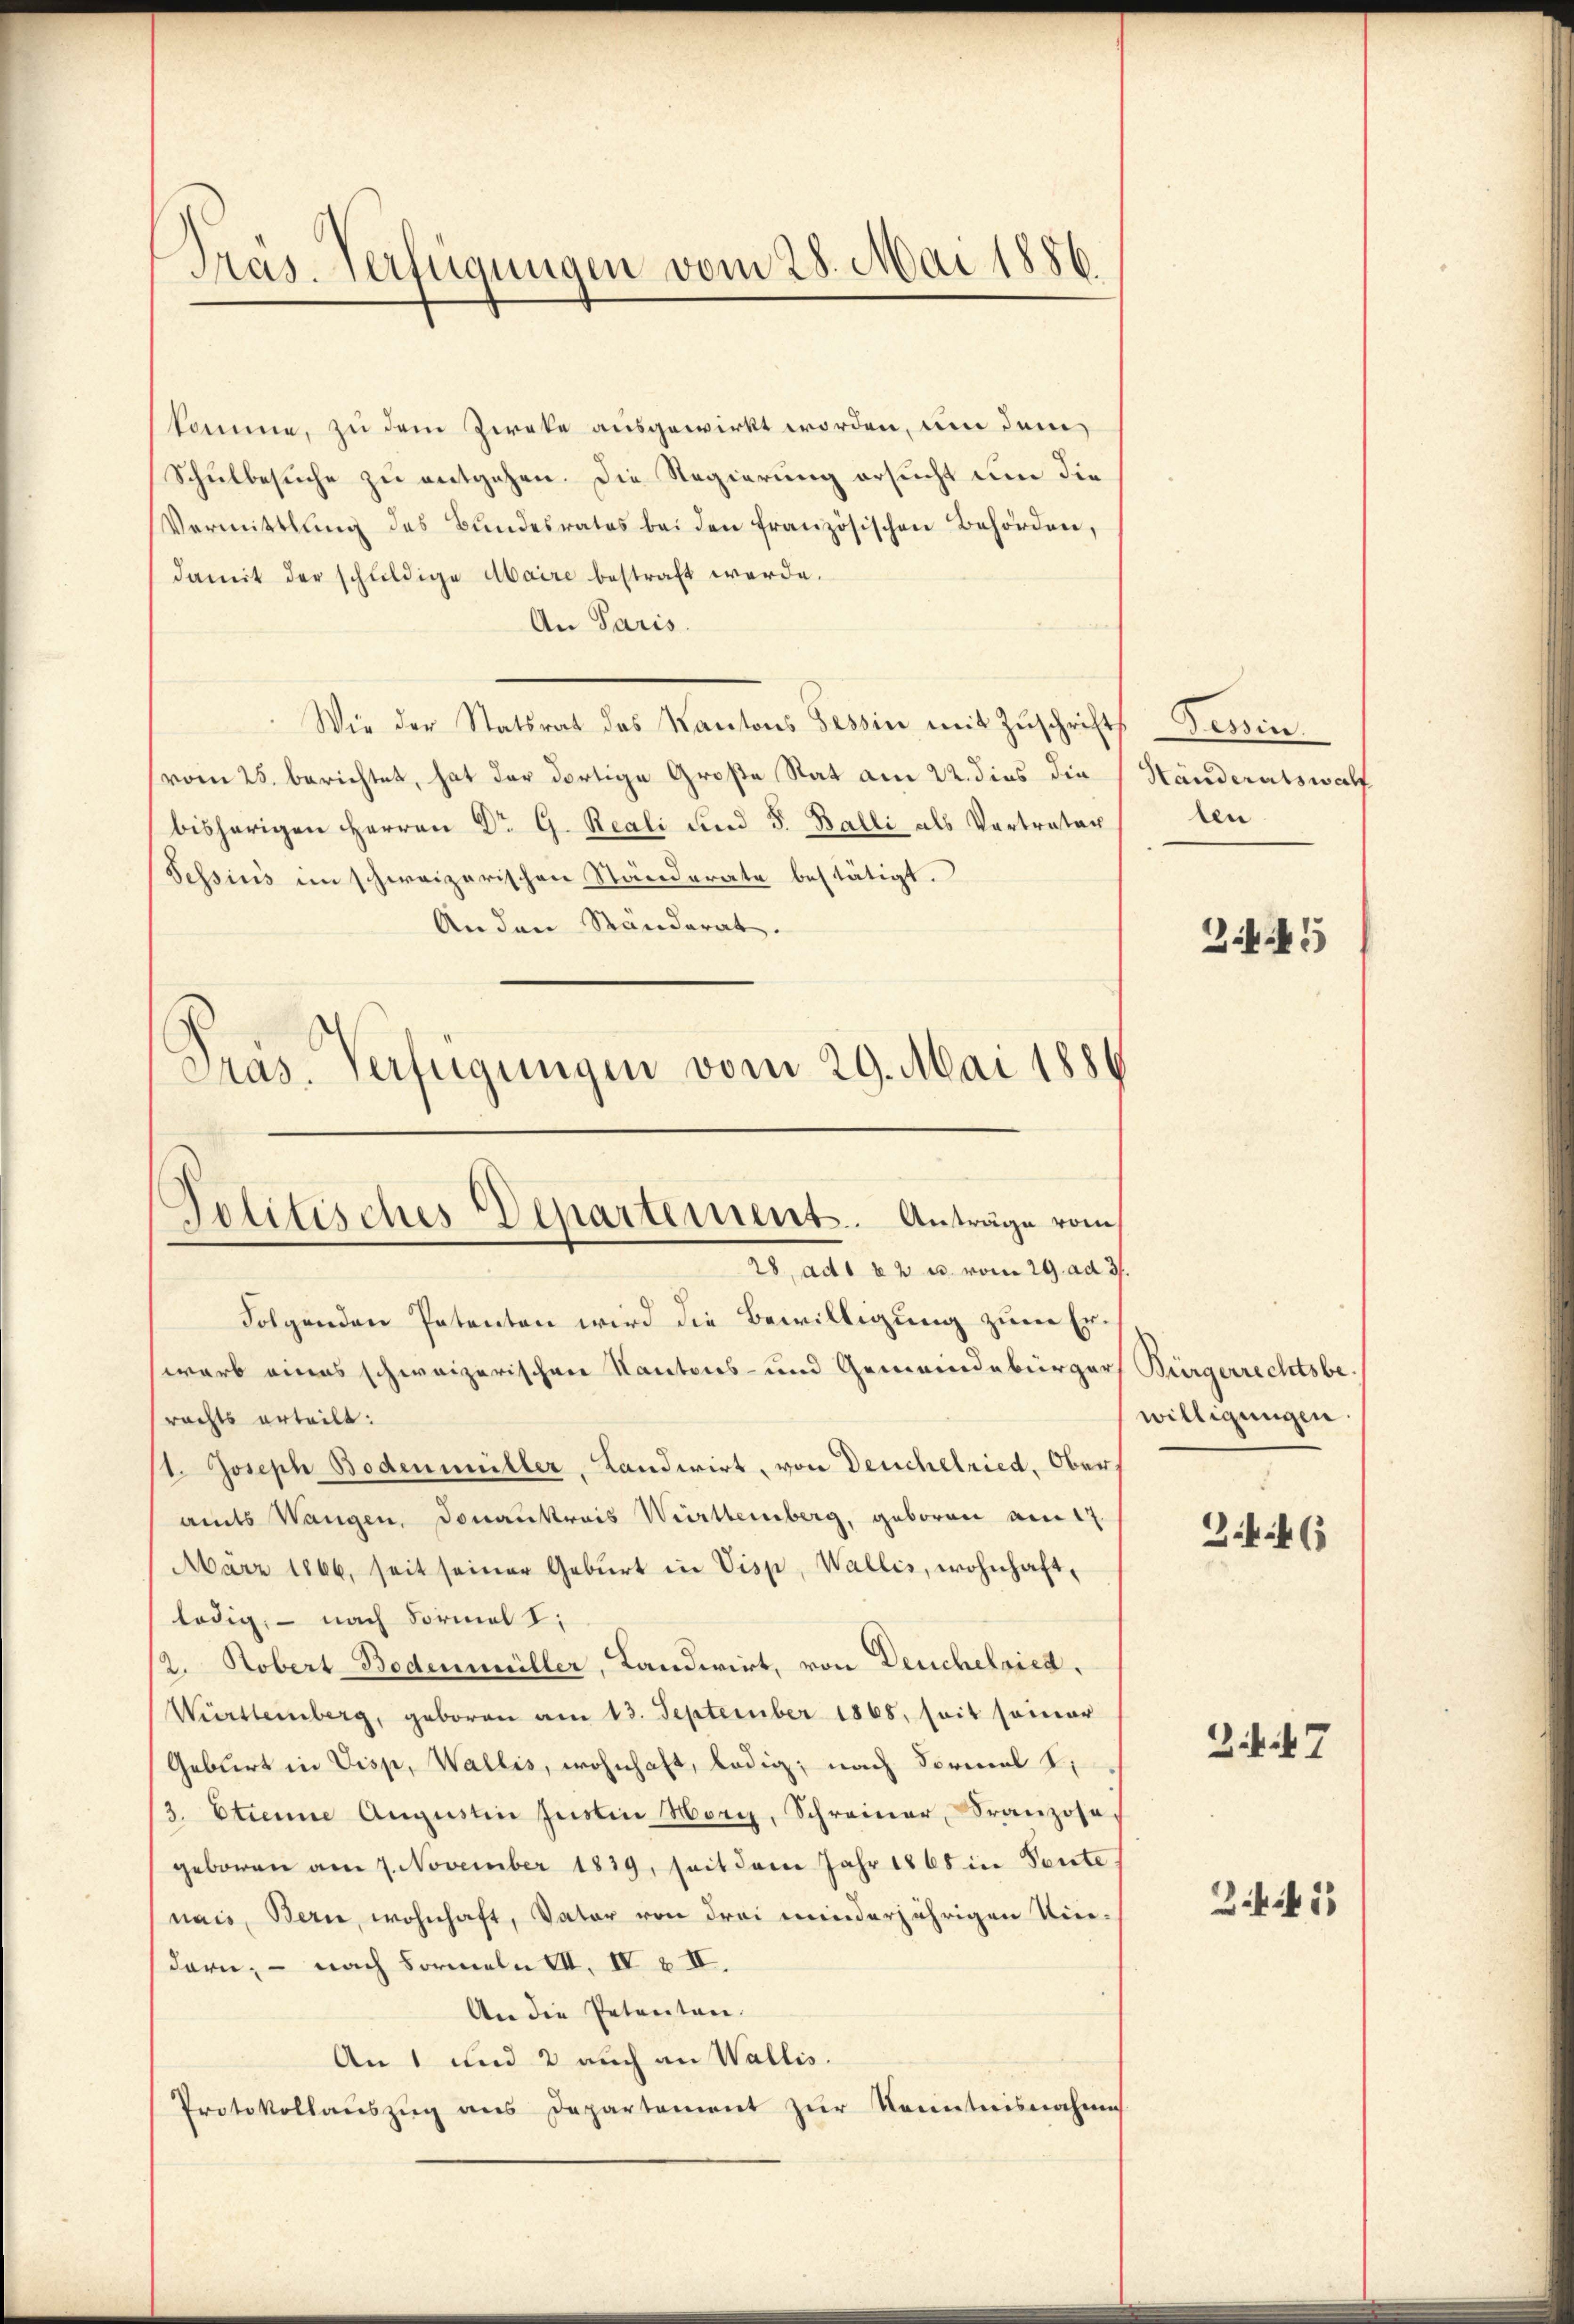
komme, zu dem Zweke ausgewirkt worden, um dem
Schulbesuche zu entgehen. Die Regierung ersucht um die
Vermittlung des Bundesrates bei den französischen Behörden,
damit der schuldige Maire bestraft werde.
An Paris.
Wie der Statsrat des Kantons Tessin mit Zŭschrifts Tessin.
vom 25. berichtet, hat der dortige Große Rat am 22. dies die
bisherigen Herren Dr G. Reali und 5. Balli als Vertrater, ten
Sessins im schweizerischen Ständerate bestätigt.
An den Standerat.
Pras. Verfügungen vom 29. Mai 1886

.
Präs. Verfügungen vom 28. Mai 1886

Politisches Departement. Anträge vom
28, ad 22. es vom 29. ad 3.

Folgenden Petenten wird die Bewilligung zum Erwarb eines schweizerischen Kantons- und Gemeindebürger
rachts erteilt:
1. Joseph Bodenmüller, Landwirt, von Deuchelried, Oberamts Wangen, Donaukrais Württemberg, geboren am 17.
März 1866, seit seiner Geburt in Visp, Wallis, wohnhaft,
lödig, — nach Formel
2. Robert-Bedenmüller, Landwirt, von Deuchelried,
Würsteinberg, geboren am 13. September 1868, seit seiner
Geburt in Visp, Wallis, wohnhaft, ledig, nach Formal
3. Etienne Augustin Justin Morg, Schreiner, Franzose
geboren am 7. November 1839, seit dem Jahr 1868 in Vente
nais, Bern, wohnhaft, Vater von drei minderjährigen eindern, – nach Formeln A. IV b IV.
An die Petenten.
An 1 und 2 auch an Wallis.
Protokollaŭszŭg ans Departement zŭr Kenntnisnahmes

Händeratswalf
2.445

Bürgerrechtsbewilligungen

34. 46

Zif. 47

2.4.1